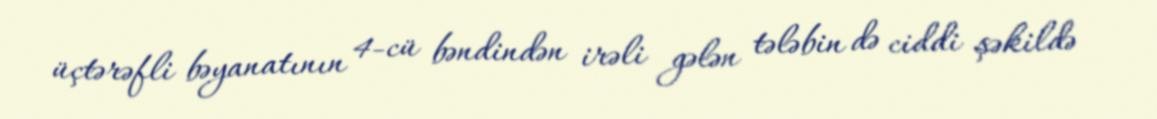
üçtərəfli bəyanatının 4-cü bəndindən irəli gələn tələbin də ciddi şəkildə